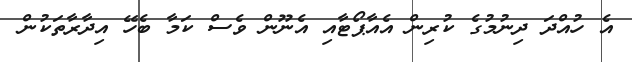
އެ ހުއްދަ ދިނުމުގެ ކުރިން އެއާޕޯޓާއި އެނޫން ވެސް ކަމާ ބެހޭ އިދާރާތަކުން